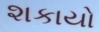
શકાયો